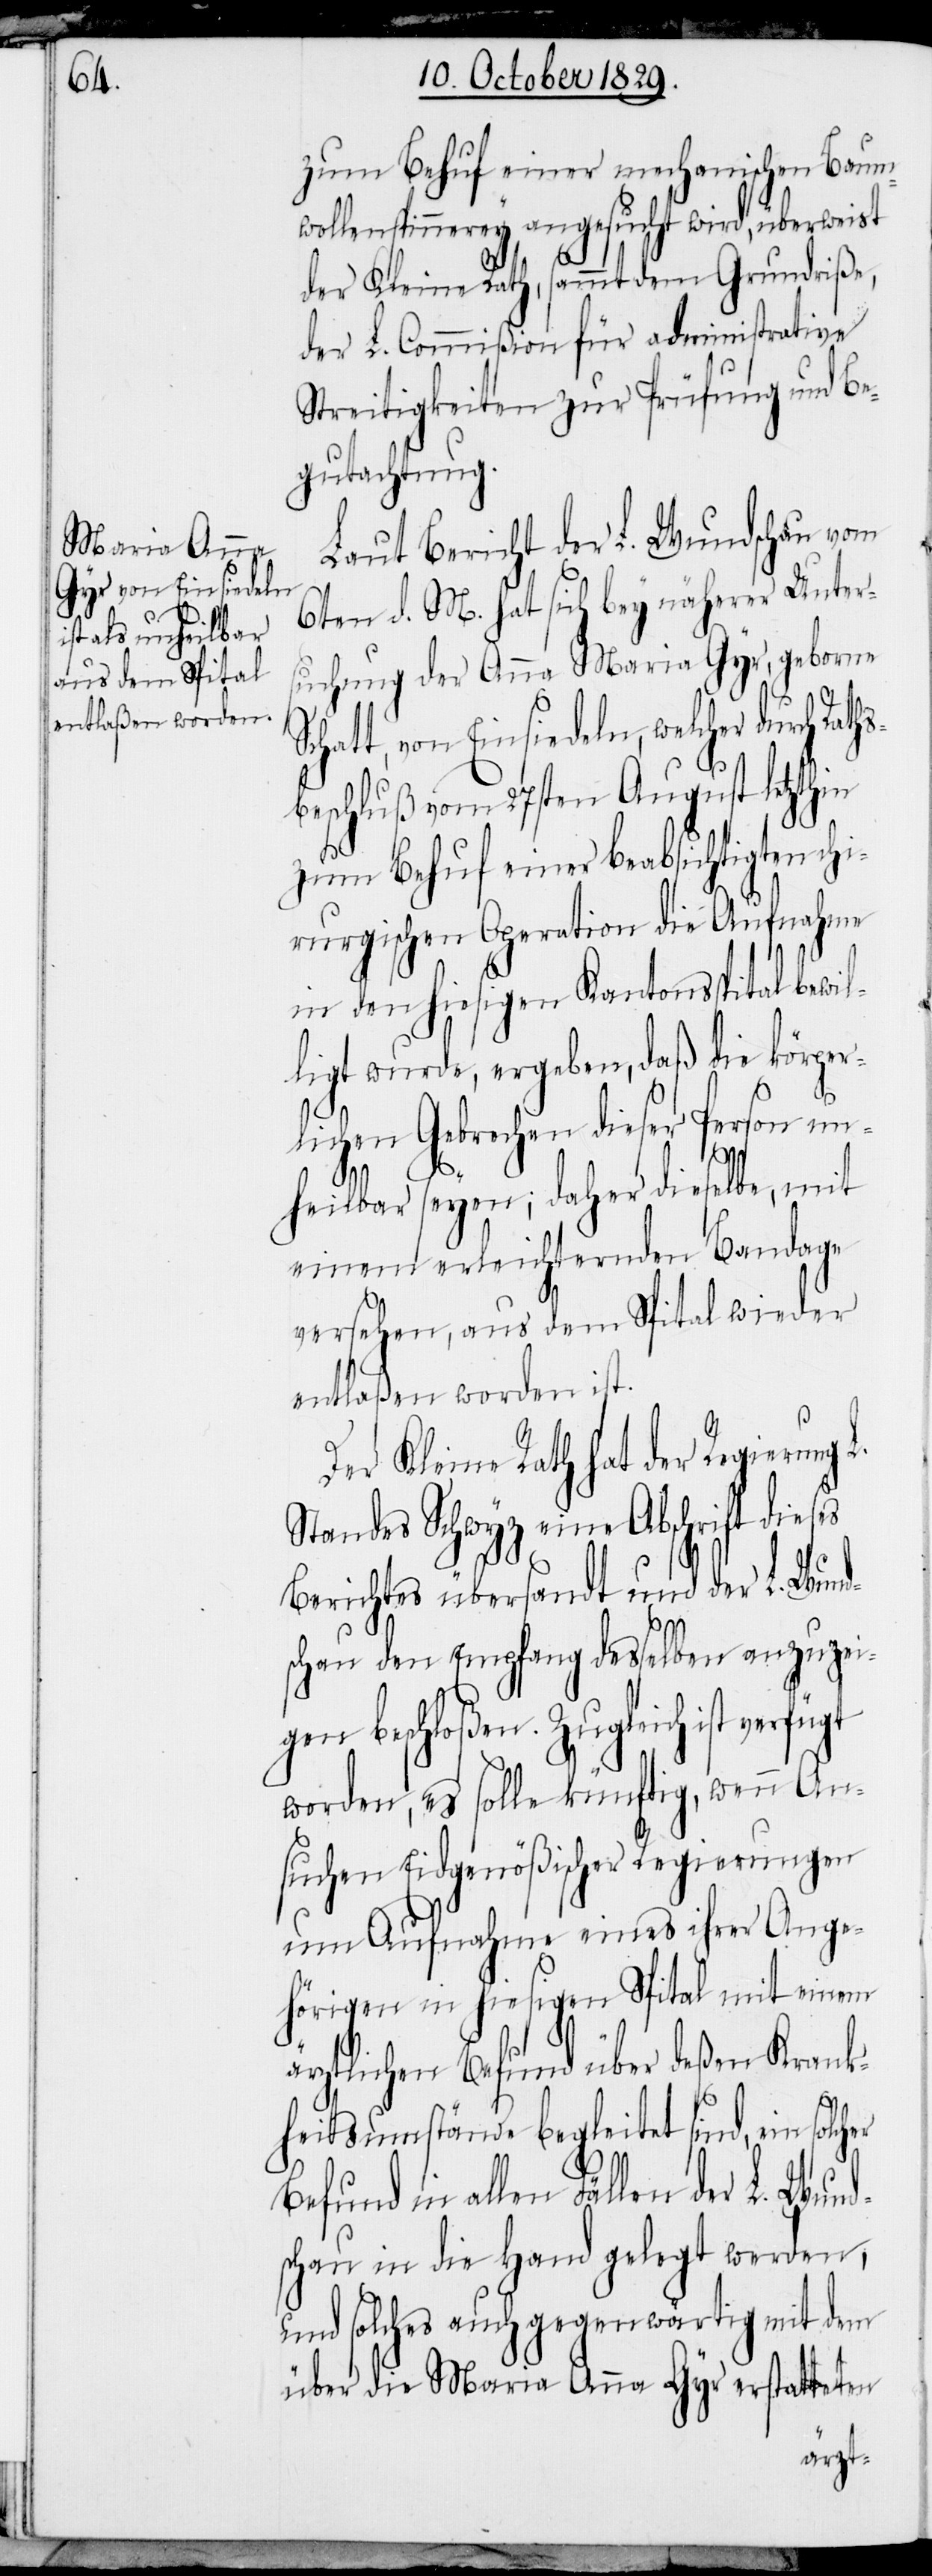
Raths¬

zum Behuf einer mechanischen Baum¬
wollenspinnerey angesucht wird, überweist
der Kleine Rath, sammt dem Grundriße,
der L. Commißion für administrative
Streitigkeiten zur Prüfung und Be¬
gutachtung.
Laut Bericht der L. Wundschau vom
6ten d. M. hat sich bey näherer Unters¬
uchung der Anna Maria Gyr, geborne
S¬
chatt, von Einsiedeln, welcher durch
beschluß vom 27sten August letzthin
zum Behuf einer beabsichtigten chi¬
rurgischen Operation die Aufnahme
in den hiesigen Kantonsspital bewil¬
ligt wurde, ergeben, daß die körper¬
lichen Gebrechen dieser Person un¬
her
heilbar seyen; daher dieselbe, mit
einem erleichternden Bandage
versehen, aus dem Spital wieder
entlaßen worden ist.
Der Kleine Rath hat der Regierung
Standes Schwyz eine Abschrift dieses
Berichtes übersandt und der L. Wund¬
schau den Empfang desselben anzuzei¬
gen beschloßen. Zugleich ist
worden, es solle künftig, wenn An¬
suchen Eidgenößischer Regierungen
um Aufnahme eines ihrer Ange¬
hörigen in hiesigen Spital mit einem
ärztlichen Befund über deßen Krank¬
heitsumstände begleitet sind, ein solc¬
Befund in allen Fällen der L. Wund¬
schau in die Hand gelegt werden,
und solches auch gegenwärtig mit dem
über die Maria Anna Gyr erstatteten